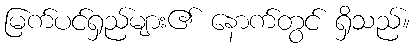
မြက်ပင်ရှည်များ၏ နောက်တွင် ရှိသည်။